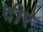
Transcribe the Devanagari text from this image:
दीरे